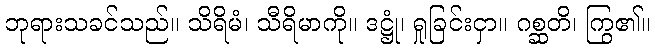
ဘုရားသခင်သည်။ သိရိမံ၊ သီရိမာကို။ ဒဋ္ဌုံ၊ ရှုခြင်းငှာ။ ဂစ္ဆတိ၊ ကြွ၏။